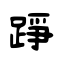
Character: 踭